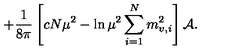
+ { \frac { 1 } { 8 \pi } } \left[ c N \mu ^ { 2 } - \ln \mu ^ { 2 } \sum _ { i = 1 } ^ { N } m _ { v , i } ^ { 2 } \right] { \cal A } .